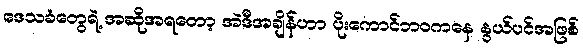
ဒေသခံတွေရဲ့ အဆိုအရတော့ အဲဒီအချိန်ဟာ ပိုးကောင်ဘဝကနေ နွယ်ပင်အဖြစ်